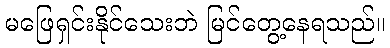
မဖြေရှင်းနိုင်သေးဘဲ မြင်တွေ့နေရသည်။